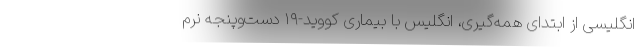
انگلیسی از ابتدای همه‌گیری، انگلیس با بیماری کووید-۱۹ دست‌وپنجه نرم